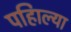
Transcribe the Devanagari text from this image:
पहिाल्या